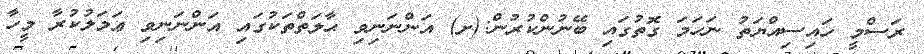
ރަސްމީ ހައިސިއްޔަތު ނަހަމަ ގޮތުގައި ބޭނުންކުރުން:(ށ) އަންނަނިވި ޙާލަތްތަކުގައި އަންނަނިވި ޢަމަލުކުރާ މީހާ